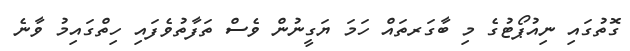
ގޮތުގައި ނިއުޕޯޓުގެ މި ބާގަރތައް ހަމަ ޔަގީނުން ވެސް ތަފާތުވެފައި ހިތްގައިމު ވާނެ